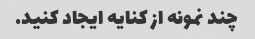
چند نمونه از کنایه ایجاد کنید.